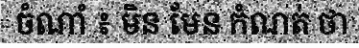
ចំណាំ ៖ មិន មែន កំណត់ ថា